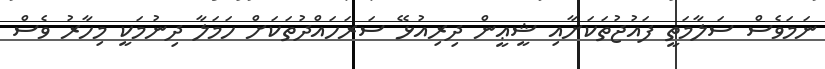
ނަމަވެސް ސަލާމަތީ ފައުޖުތަކަށާއި ޝީޢީން ދިރިއުޅޭ ސަރަހައްދުތަކަށް ހަމަލާ ދިނުމަކީ މިހާރު ވެސް